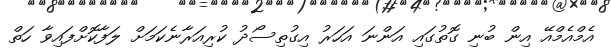
އެމްއެމްއޭ އިން ބުނި ގޮތުގައި އަންނަ އަހަރު އިގުތިސޯދު ކުރިއަރާނެކަމަށް ލަފާކޮށްފައިވާ ހަތް